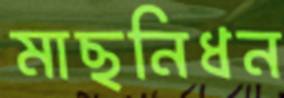
মাছনিধন